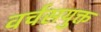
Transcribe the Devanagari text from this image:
वर्चसयुक्त